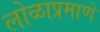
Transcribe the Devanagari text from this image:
लोळाप्रमाणे